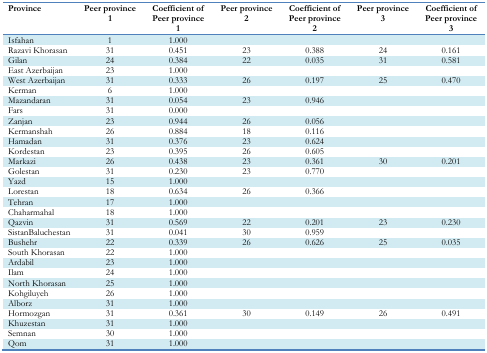
<table><thead><tr><td><b>Province</b></td><td><b>Peer province 1</b></td><td><b>Coefficient of Peer province 1</b></td><td><b>Peer province 2</b></td><td><b>Coefficient of Peer province 2</b></td><td><b>Peer province 3</b></td><td><b>Coefficient of Peer province 3</b></td></tr></thead><tbody><tr><td>Isfahan</td><td>1</td><td>1.000</td><td></td><td></td><td></td><td></td></tr><tr><td>Razavi Khorasan</td><td>31</td><td>0.451</td><td>23</td><td>0.388</td><td>24</td><td>0.161</td></tr><tr><td>Gilan</td><td>24</td><td>0.384</td><td>22</td><td>0.035</td><td>31</td><td>0.581</td></tr><tr><td>East Azerbaijan</td><td>23</td><td>1.000</td><td></td><td></td><td></td><td></td></tr><tr><td>West Azerbaijan</td><td>31</td><td>0.333</td><td>26</td><td>0.197</td><td>25</td><td>0.470</td></tr><tr><td>Kerman</td><td>6</td><td>1.000</td><td></td><td></td><td></td><td></td></tr><tr><td>Mazandaran</td><td>31</td><td>0.054</td><td>23</td><td>0.946</td><td></td><td></td></tr><tr><td>Fars</td><td>31</td><td>0.000</td><td></td><td></td><td></td><td></td></tr><tr><td>Zanjan</td><td>23</td><td>0.944</td><td>26</td><td>0.056</td><td></td><td></td></tr><tr><td>Kermanshah</td><td>26</td><td>0.884</td><td>18</td><td>0.116</td><td></td><td></td></tr><tr><td>Hamadan</td><td>31</td><td>0.376</td><td>23</td><td>0.624</td><td></td><td></td></tr><tr><td>Kordestan</td><td>23</td><td>0.395</td><td>26</td><td>0.605</td><td></td><td></td></tr><tr><td>Markazi</td><td>26</td><td>0.438</td><td>23</td><td>0.361</td><td>30</td><td>0.201</td></tr><tr><td>Golestan</td><td>31</td><td>0.230</td><td>23</td><td>0.770</td><td></td><td></td></tr><tr><td>Yazd</td><td>15</td><td>1.000</td><td></td><td></td><td></td><td></td></tr><tr><td>Lorestan</td><td>18</td><td>0.634</td><td>26</td><td>0.366</td><td></td><td></td></tr><tr><td>Tehran</td><td>17</td><td>1.000</td><td></td><td></td><td></td><td></td></tr><tr><td>Chaharmahal</td><td>18</td><td>1.000</td><td></td><td></td><td></td><td></td></tr><tr><td>Qazvin</td><td>31</td><td>0.569</td><td>22</td><td>0.201</td><td>23</td><td>0.230</td></tr><tr><td>SistanBaluchestan</td><td>31</td><td>0.041</td><td>30</td><td>0.959</td><td></td><td></td></tr><tr><td>Bushehr</td><td>22</td><td>0.339</td><td>26</td><td>0.626</td><td>25</td><td>0.035</td></tr><tr><td>South Khorasan</td><td>22</td><td>1.000</td><td></td><td></td><td></td><td></td></tr><tr><td>Ardabil</td><td>23</td><td>1.000</td><td></td><td></td><td></td><td></td></tr><tr><td>Ilam</td><td>24</td><td>1.000</td><td></td><td></td><td></td><td></td></tr><tr><td>North Khorasan</td><td>25</td><td>1.000</td><td></td><td></td><td></td><td></td></tr><tr><td>Kohgiluyeh</td><td>26</td><td>1.000</td><td></td><td></td><td></td><td></td></tr><tr><td>Alborz</td><td>31</td><td>1.000</td><td></td><td></td><td></td><td></td></tr><tr><td>Hormozgan</td><td>31</td><td>0.361</td><td>30</td><td>0.149</td><td>26</td><td>0.491</td></tr><tr><td>Khuzestan</td><td>31</td><td>1.000</td><td></td><td></td><td></td><td></td></tr><tr><td>Semnan</td><td>30</td><td>1.000</td><td></td><td></td><td></td><td></td></tr><tr><td>Qom</td><td>31</td><td>1.000</td><td></td><td></td><td></td><td></td></tr></tbody></table>